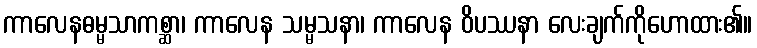
ကာလေနဓမ္မသာကစ္ဆာ၊ ကာလေန သမ္မသနာ၊ ကာလေန ဝိပဿနာ လေးချက်ကိုဟောထား၏။